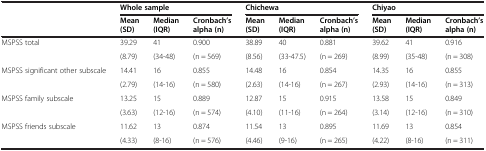
<table><thead><tr><td><b> </b></td><td colspan="3"><b>Whole sample</b></td><td colspan="3"><b>Chichewa</b></td><td colspan="3"><b>Chiyao</b></td></tr><tr><td><b> </b></td><td><b>Mean (SD)</b></td><td><b>Median (IQR)</b></td><td><b>Cronbach’s alpha (n)</b></td><td><b>Mean (SD)</b></td><td><b>Median (IQR)</b></td><td><b>Cronbach’s alpha (n)</b></td><td><b>Mean (SD)</b></td><td><b>Median (IQR)</b></td><td><b>Cronbach’s alpha (n)</b></td></tr></thead><tbody><tr><td rowspan="2">MSPSS total</td><td>39.29</td><td>41</td><td>0.900</td><td>38.89</td><td>40</td><td>0.881</td><td>39.62</td><td>41</td><td>0.916</td></tr><tr><td>(8.79)</td><td>(34-48)</td><td>(n = 569)</td><td>(8.56)</td><td>(33-47.5)</td><td>(n = 269)</td><td>(8.99)</td><td>(35-48)</td><td>(n = 308)</td></tr><tr><td rowspan="2">MSPSS significant other subscale</td><td>14.41</td><td>16</td><td>0.855</td><td>14.48</td><td>16</td><td>0.854</td><td>14.35</td><td>16</td><td>0.855</td></tr><tr><td>(2.79)</td><td>(14-16)</td><td>(n = 580)</td><td>(2.63)</td><td>(14-16)</td><td>(n = 267)</td><td>(2.93)</td><td>(14-16)</td><td>(n = 313)</td></tr><tr><td rowspan="2">MSPSS family subscale</td><td>13.25</td><td>15</td><td>0.889</td><td>12.87</td><td>15</td><td>0.915</td><td>13.58</td><td>15</td><td>0.849</td></tr><tr><td>(3.63)</td><td>(12-16)</td><td>(n = 574)</td><td>(4.10)</td><td>(11-16)</td><td>(n = 264)</td><td>(3.14)</td><td>(12-16)</td><td>(n = 310)</td></tr><tr><td>MSPSS friends subscale</td><td>11.62</td><td>13</td><td>0.874</td><td>11.54</td><td>13</td><td>0.895</td><td>11.69</td><td>13</td><td>0.854</td></tr><tr><td> </td><td>(4.33)</td><td>(8-16)</td><td>(n = 576)</td><td>(4.46)</td><td>(9-16)</td><td>(n = 265)</td><td>(4.22)</td><td>(8-16)</td><td>(n = 311)</td></tr></tbody></table>